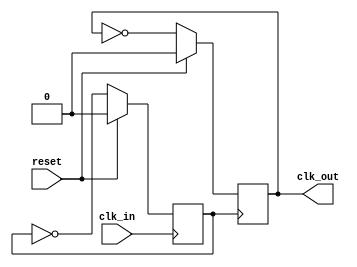
// Copyright (c) UnnamedOrange and Jack-Lyu. Licensed under the MIT License.
// See the LICENSE file in the repository root for full license text.

/// <projectname>mania-to-go</projectname>
/// <modulename>dcm_25m1</modulename>
/// <filedescription>VGA </filedescription>
/// <version>
/// 0.0.1 (Jack-Lyu) : VGA
/// </version>

`timescale 1ns / 1ps

module dcm_25m1(//
	input clk_in,
	input reset,
	output clk_out
	);

	reg CLK2=0;
	reg CLK4=0;

	always @(posedge clk_in) begin //
		if(reset)
			CLK2=0;
		else
			CLK2=~CLK2;
	end
	always @(posedge CLK2) begin //
		if(reset)
			CLK4=0;
		else
			CLK4=~CLK4;
	end

	assign clk_out = CLK4;

endmodule